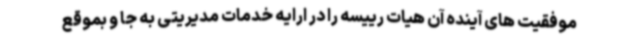
موفقیت های آینده آن هیات رییسه را در ارایه خدمات مدیریتی به جا و بموقع